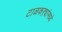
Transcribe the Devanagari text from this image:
टाळकऱ्यांमध्ये